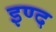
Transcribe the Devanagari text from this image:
इण्द